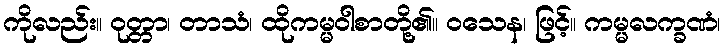
ကိုလည်း။ ဝုတ္တာ၊ တာသံ၊ ထိုကမ္မဝါစာတို့၏။ ဝသေန၊ ဖြင့်။ ကမ္မလက္ခဏံ၊